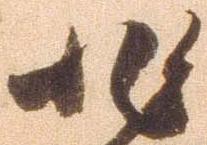
非